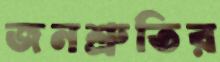
জনশ্রুতির